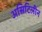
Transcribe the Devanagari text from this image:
असिटिलीन